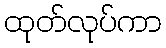
ထုတ်လုပ်ကာ